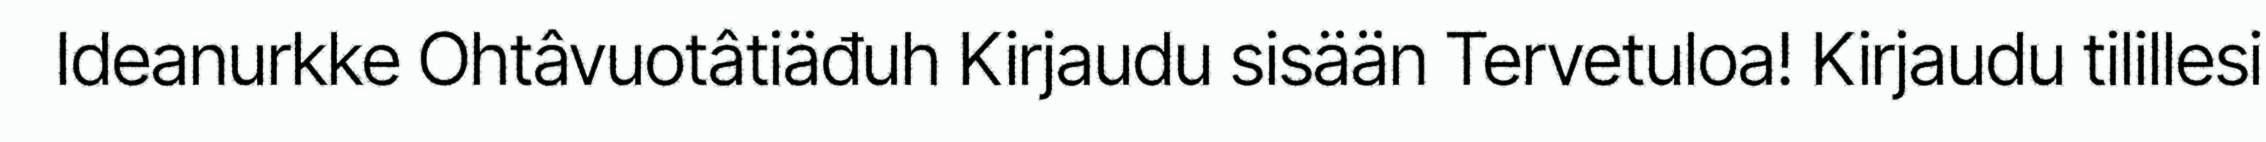
Ideanurkke Ohtâvuotâtiäđuh Kirjaudu sisään Tervetuloa! Kirjaudu tilillesi